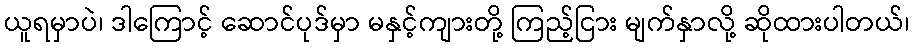
ယူရမှာပဲ၊ ဒါကြောင့် ဆောင်ပုဒ်မှာ မနှင့်ကျားတို့ ကြည့်ငြား မျက်နှာလို့ ဆိုထားပါတယ်၊